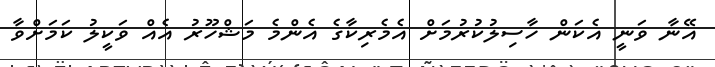
އޭނާ ވަނީ އެކަން ހާސިލުކުރުމަށް އެމެރިކާގެ އެންމެ މަޝްހޫރު އެއް ވަކީލު ކަމަށްވާ